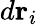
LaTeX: d\mathbf{r}_{i}